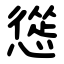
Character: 慫